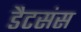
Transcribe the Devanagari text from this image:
डैटसंस